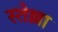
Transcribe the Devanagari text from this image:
स्तेल्ला